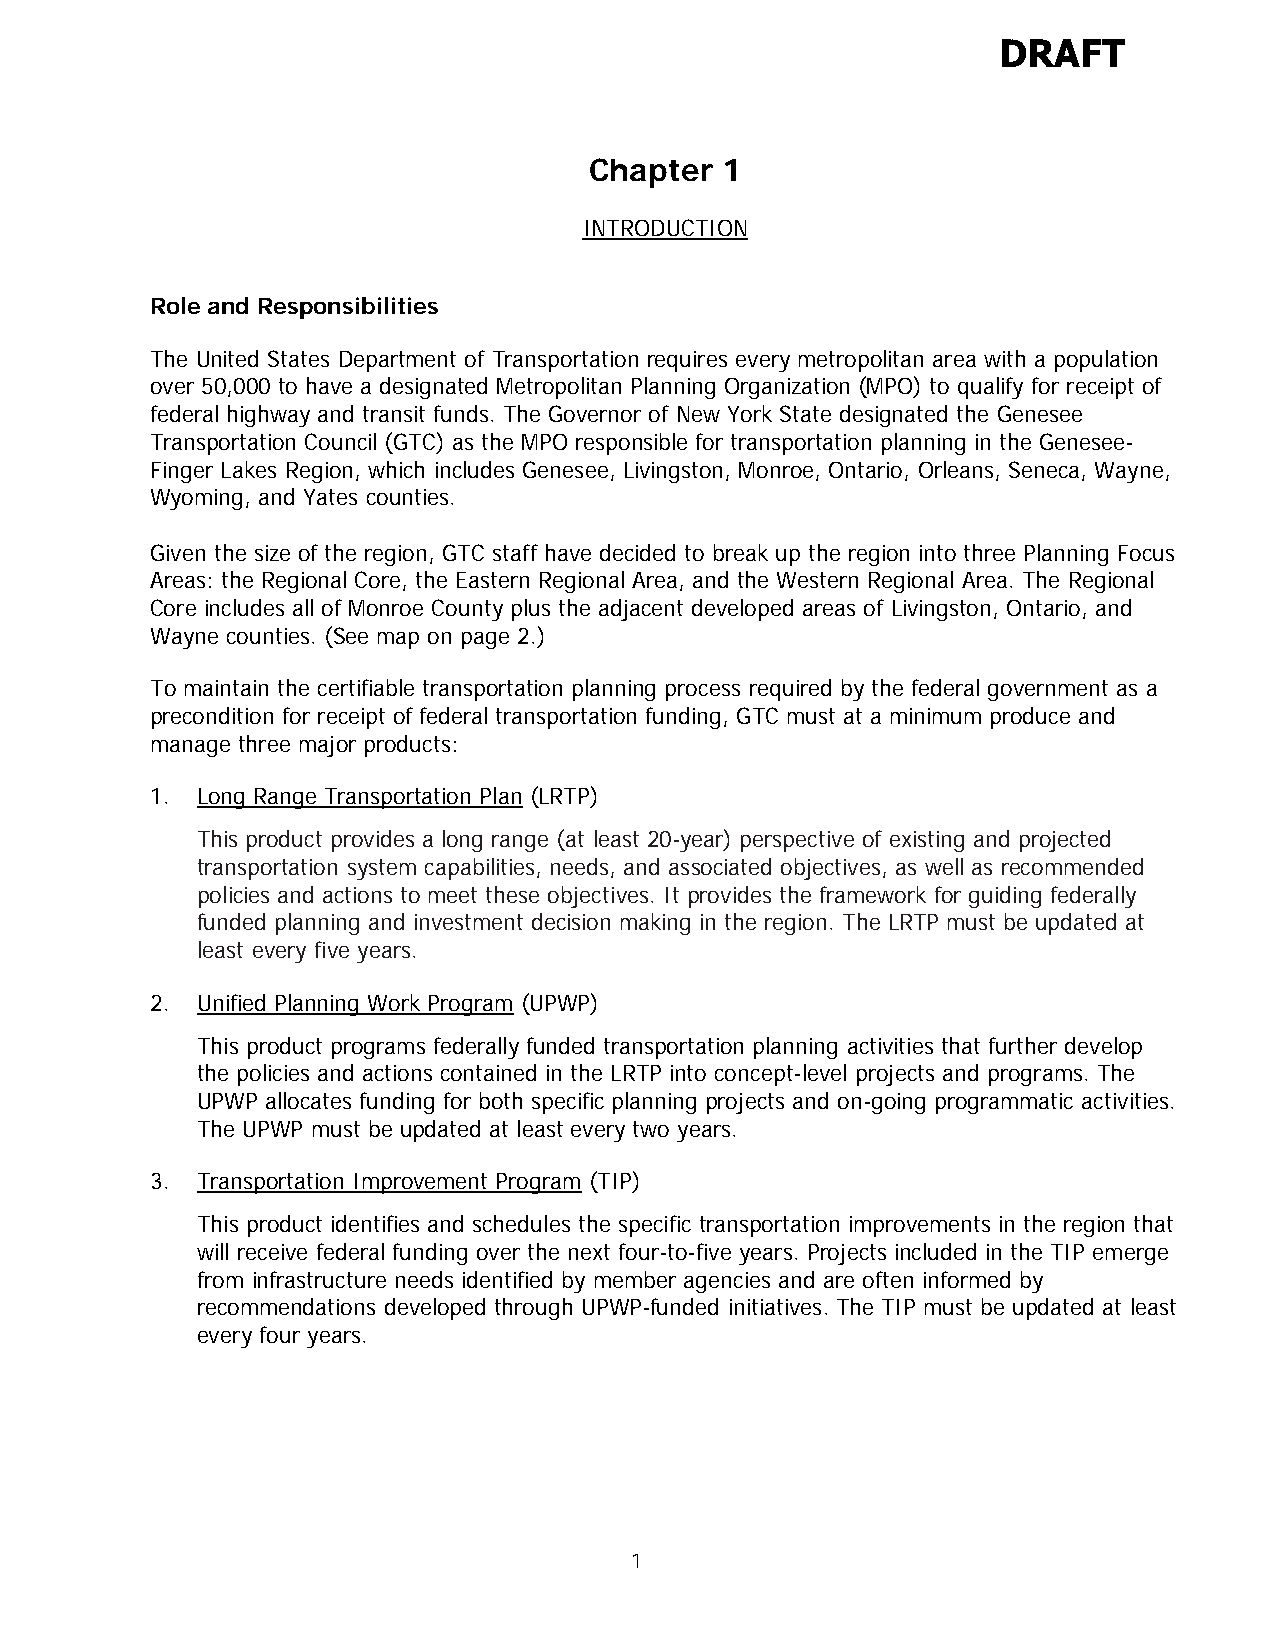
DRAFT
 Chapter  1
 INTRODUCTION
 Role and Responsibilities
 The United States Department of Transportation requires every metropolitan area with a population
 over 50,000 to have a designated Metropolitan Planning Organization (MPO) to qualify for receipt of
 federal highway and transit funds. The Governor of New York State designated the Genesee
 Transportation Council (GTC) as the MPO responsible for transportation planning in the Genesee-
 Finger Lakes Region, which includes Genesee, Livingston, Monroe, Ontario, Orleans, Seneca, Wayne,
 Wyoming, and Yates counties.
 Given the size of the region, GTC staff have decided to break up the region into three Planning Focus
 Areas: the Regional Core, the Eastern Regional Area, and the Western Regional Area. The Regional
 Core includes all of Monroe County plus the adjacent developed areas of Livingston, Ontario, and
 Wayne counties. (See map on page 2.)
 To maintain the certifiable transportation planning process required by the federal government as a
 precondition for receipt of federal transportation funding, GTC must at a minimum produce and
 manage three major products:
 1. Long Range Transportation Plan (LRTP)
 This product provides a long range (at least 20-year) perspective of existing and projected
 transportation system capabilities, needs, and associated objectives, as well as recommended
 policies and actions to meet these objectives. It provides the framework for guiding federally
 funded planning and investment decision making in the region. The LRTP must be updated at
 least every five years.
 2. Unified Planning Work Program (UPWP)
 This product programs federally funded transportation planning activities that further develop
 the policies and actions contained in the LRTP into concept-level projects and programs. The
 UPWP allocates funding for both specific planning projects and on-going programmatic activities.
 The UPWP must be updated at least every two years.
 3. Transportation Improvement Program (TIP)
 This product identifies and schedules the specific transportation improvements in the region that
 will receive federal funding over the next four-to-five years. Projects included in the TIP emerge
 from infrastructure needs identified by member agencies and are often informed by
 recommendations developed through UPWP-funded initiatives. The TIP must be updated at least
 every four years.
 1